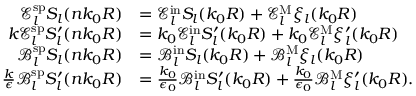
\begin{array} { r l } { \mathcal { E } _ { l } ^ { \mathrm { s p } } S _ { l } ( n k _ { 0 } R ) } & { = \mathcal { E } _ { l } ^ { \mathrm { i n } } S _ { l } ( k _ { 0 } R ) + \mathcal { E } _ { l } ^ { \mathrm { M } } \xi _ { l } ( k _ { 0 } R ) } \\ { k \mathcal { E } _ { l } ^ { \mathrm { s p } } S _ { l } ^ { \prime } ( n k _ { 0 } R ) } & { = k _ { 0 } \mathcal { E } _ { l } ^ { \mathrm { i n } } S _ { l } ^ { \prime } ( k _ { 0 } R ) + k _ { 0 } \mathcal { E } _ { l } ^ { \mathrm { M } } \xi _ { l } ^ { \prime } ( k _ { 0 } R ) } \\ { \mathcal { B } _ { l } ^ { \mathrm { s p } } S _ { l } ( n k _ { 0 } R ) } & { = \mathcal { B } _ { l } ^ { \mathrm { i n } } S _ { l } ( k _ { 0 } R ) + \mathcal { B } _ { l } ^ { \mathrm { M } } \xi _ { l } ( k _ { 0 } R ) } \\ { \frac { k } { \epsilon } \mathcal { B } _ { l } ^ { \mathrm { s p } } S _ { l } ^ { \prime } ( n k _ { 0 } R ) } & { = \frac { k _ { 0 } } { \epsilon _ { 0 } } \mathcal { B } _ { l } ^ { \mathrm { i n } } S _ { l } ^ { \prime } ( k _ { 0 } R ) + \frac { k _ { 0 } } { \epsilon _ { 0 } } \mathcal { B } _ { l } ^ { \mathrm { M } } \xi _ { l } ^ { \prime } ( k _ { 0 } R ) . } \end{array}